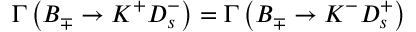
\Gamma \left( B _ { \mp } \rightarrow K ^ { + } D _ { s } ^ { - } \right) = \Gamma \left( B _ { \mp } \rightarrow K ^ { - } D _ { s } ^ { + } \right)